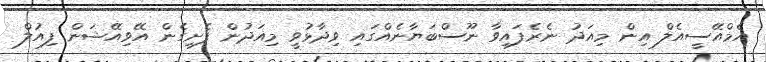
އެމްއޭސީއެލް އިން މިއަދު ނެރެފައިވާ ނޫސްބަޔާނެއްގައި ވިދާޅުވީ މިއަދުން ފެށިގެން އޭވިއޭޝަން ފިއުލް